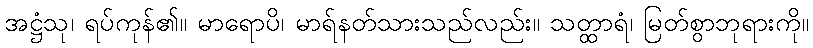
အဋ္ဌံသု၊ ရပ်ကုန်၏။ မာရောပိ၊ မာရ်နတ်သားသည်လည်း။ သတ္ထာရံ၊ မြတ်စွာဘုရားကို။